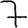
Digit: 7